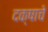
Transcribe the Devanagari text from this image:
दक्षाचे